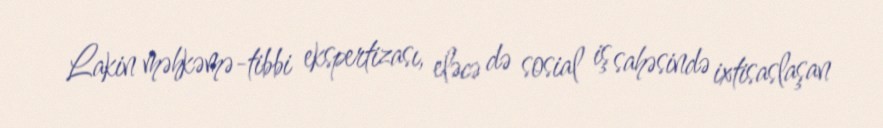
Lakin məhkəmə-tibbi ekspertizası, eləcə də sosial iş sahəsində ixtisaslaşan